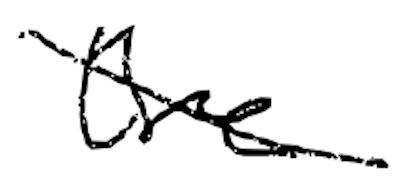
Text: the
Cross-out: diagonal
Writing tool: digital_black